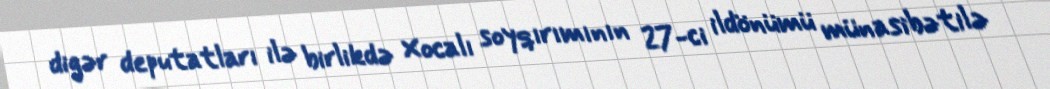
digər deputatları ilə birlikdə Xocalı soyqırımının 27-ci ildönümü münasibətilə